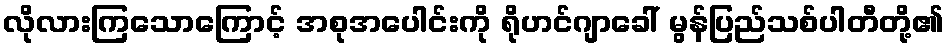
လိုလားကြသောကြောင့် အစုအပေါင်းကို ရိုဟင်ဂျာခေါ် မွန်ပြည်သစ်ပါတီတို့၏